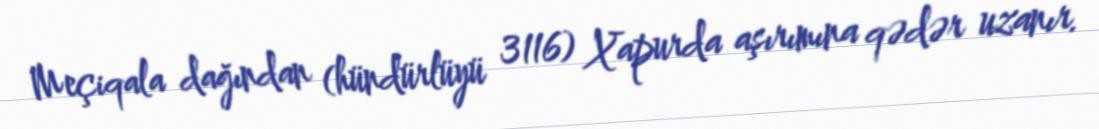
Meçiqala dağından (hündürlüyü 3116) Xapurda aşırımına qədər uzanır.